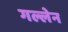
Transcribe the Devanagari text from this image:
गल्लेन